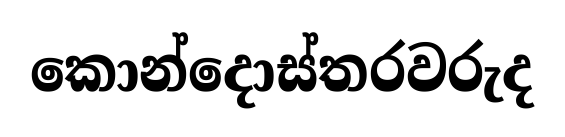
කොන්දොස්තරවරුද